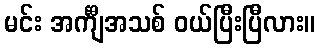
မင်း အင်္ကျီအသစ် ဝယ်ပြီးပြီလား။